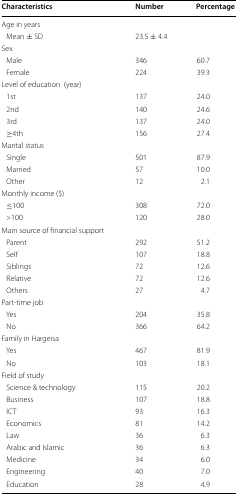
<table><thead><tr><td><b>Characteristics</b></td><td><b>Number</b></td><td><b>Percentage</b></td></tr></thead><tbody><tr><td colspan="3">Age in years</td></tr><tr><td> Mean ± SD</td><td>23.5 ± 4.4</td><td></td></tr><tr><td colspan="3">Sex</td></tr><tr><td> Male</td><td>346</td><td>60.7</td></tr><tr><td> Female</td><td>224</td><td>39.3</td></tr><tr><td colspan="3">Level of education (year)</td></tr><tr><td> 1st</td><td>137</td><td>24.0</td></tr><tr><td> 2nd</td><td>140</td><td>24.6</td></tr><tr><td> 3rd </td><td>137</td><td>24.0</td></tr><tr><td> ≥4th</td><td>156</td><td>27.4</td></tr><tr><td colspan="3">Marital status</td></tr><tr><td> Single</td><td>501</td><td>87.9</td></tr><tr><td> Married</td><td>57</td><td>10.0</td></tr><tr><td> Other</td><td>12</td><td>2.1</td></tr><tr><td colspan="3">Monthly income ($)</td></tr><tr><td> ≤100</td><td>308</td><td>72.0</td></tr><tr><td> &gt;100 </td><td>120</td><td>28.0</td></tr><tr><td colspan="3">Main source of financial support</td></tr><tr><td> Parent</td><td>292</td><td>51.2</td></tr><tr><td> Self</td><td>107</td><td>18.8</td></tr><tr><td> Siblings</td><td>72</td><td>12.6</td></tr><tr><td> Relative</td><td>72</td><td>12.6</td></tr><tr><td> Others</td><td>27</td><td>4.7</td></tr><tr><td colspan="3">Part-time job</td></tr><tr><td> Yes</td><td>204</td><td>35.8</td></tr><tr><td> No</td><td>366</td><td>64.2</td></tr><tr><td colspan="3">Family in Hargeisa</td></tr><tr><td> Yes</td><td>467</td><td>81.9</td></tr><tr><td> No</td><td>103</td><td>18.1</td></tr><tr><td colspan="3">Field of study</td></tr><tr><td> Science &amp; technology</td><td>115</td><td>20.2</td></tr><tr><td> Business</td><td>107</td><td>18.8</td></tr><tr><td> ICT</td><td>93</td><td>16.3</td></tr><tr><td> Economics</td><td>81</td><td>14.2</td></tr><tr><td> Law</td><td>36</td><td>6.3</td></tr><tr><td> Arabic and Islamic</td><td>36</td><td>6.3</td></tr><tr><td> Medicine</td><td>34</td><td>6.0</td></tr><tr><td> Engineering</td><td>40</td><td>7.0</td></tr><tr><td> Education</td><td>28</td><td>4.9</td></tr></tbody></table>